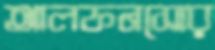
আলফনসোর